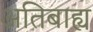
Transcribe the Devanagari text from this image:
अतिबाह्य